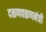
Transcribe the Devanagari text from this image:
दळणवळणमंत्री